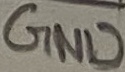
Text: GND